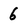
Character: 6